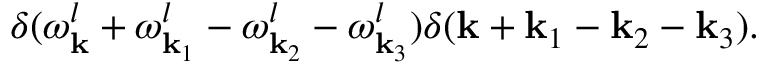
\delta ( \omega _ { \bf k } ^ { l } + \omega _ { { \bf k } _ { 1 } } ^ { l } - \omega _ { { \bf k } _ { 2 } } ^ { l } - \omega _ { { \bf k } _ { 3 } } ^ { l } ) \delta ( { \bf k } + { \bf k } _ { 1 } - { \bf k } _ { 2 } - { \bf k } _ { 3 } ) .